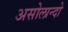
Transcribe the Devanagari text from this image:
असोलान्दो